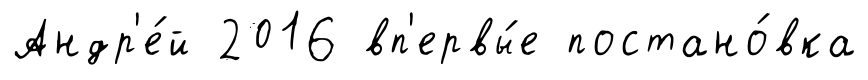
Андр'е́й 2016 вп'ервы́е постано́вка